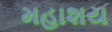
મહાશય